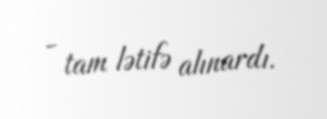
- tam lətifə alınardı.